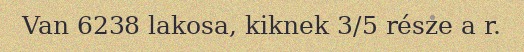
Van 6238 lakosa, kiknek 3/5 része a r.